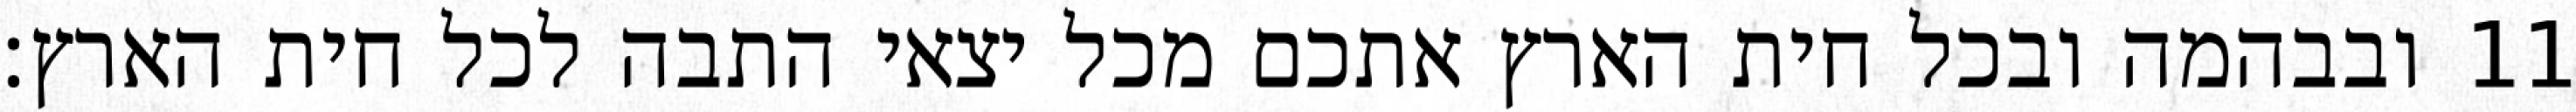
ובבהמה ובכל חית הארץ אתכם מכל יצאי התבה לכל חית הארץ׃ ‎11‏